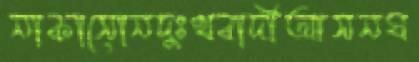
নাকাসোনদুঃখবাদীআসনঘ